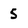
Character: 5